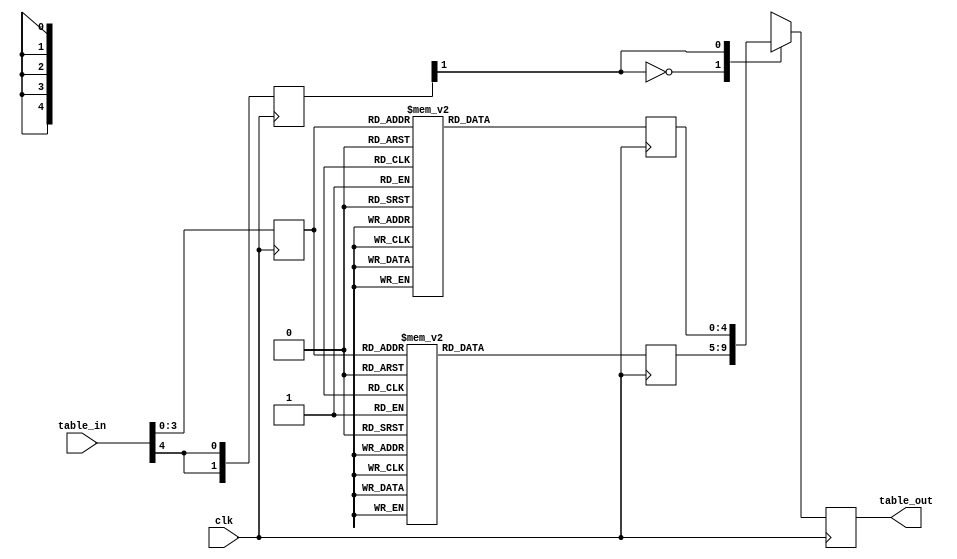
//*********************************************************
// IEEE STD 1364-2001 Verilog file: case5p.v 
// Author-EMAIL: Uwe.Meyer-Baese@ieee.org
//*********************************************************
module case5p
 (input        clk,
  input  [4:0] table_in,
  output reg [4:0] table_out);     // range 0 to 25
// --------------------------------------------------------  
  reg [3:0] lsbs;
  reg [1:0] msbs0;
  reg [4:0] table0out00, table0out01;

// These are the distributed arithmetic CASE tables for
// the 5 coefficients: 1, 3, 5, 7, 9

  always @(posedge clk) begin
    lsbs[0] = table_in[0];
    lsbs[1] = table_in[1];
    lsbs[2] = table_in[2];
    lsbs[3] = table_in[3];
    msbs0[0] = table_in[4];
    msbs0[1] = msbs0[0];
  end 

// This is the final DA MPX stage.
  always @(posedge clk) begin 
    case (msbs0[1])
      0 : table_out <= table0out00;
      1 : table_out <= table0out01;
      default : ;
    endcase
  end

// This is the DA CASE table 00 out of 1.
  always @(posedge clk) begin 
    case (lsbs) 
      0  : table0out00 = 0;
      1  : table0out00 = 1;
      2  : table0out00 = 3;
      3  : table0out00 = 4;
      4  : table0out00 = 5;
      5  : table0out00 = 6;
      6  : table0out00 = 8;
      7  : table0out00 = 9;
      8  : table0out00 = 7;
      9  : table0out00 = 8;
      10 : table0out00 = 10;
      11 : table0out00 = 11;
      12 : table0out00 = 12;
      13 : table0out00 = 13;
      14 : table0out00 = 15;
      15 : table0out00 = 16;
      default ;
    endcase  
  end             

// This is the DA CASE table 01 out of 1.
  always @(posedge clk) begin 
    case (lsbs)
      0  : table0out01 = 9;
      1  : table0out01 = 10;
      2  : table0out01 = 12;
      3  : table0out01 = 13;
      4  : table0out01 = 14;
      5  : table0out01 = 15;
      6  : table0out01 = 17;
      7  : table0out01 = 18;
      8  : table0out01 = 16;
      9  : table0out01 = 17;
      10 : table0out01 = 19;
      11 : table0out01 = 20;
      12 : table0out01 = 21;
      13 : table0out01 = 22;
      14 : table0out01 = 24;
      15 : table0out01 = 25;
      default ;
    endcase      
  end              

endmodule